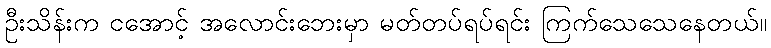
ဦးသိန်းက ငအောင့် အလောင်းဘေးမှာ မတ်တပ်ရပ်ရင်း ကြက်သေသေနေတယ်။